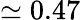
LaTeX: \simeq 0.47